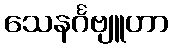
သေနင်္ဂဗျူဟာ